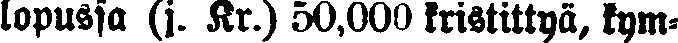
lopussa (j. Kr.) 50,009 kristittyä, kym-